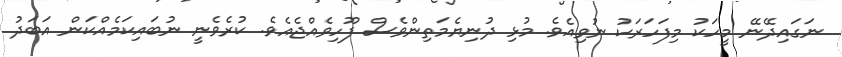
ނަގައިދޭނޭ މީހަކު މިފަހަރަކު ނުވިއެވެ. މުޅި ދުނިޔެމަތިންވެސް ފޫހިވެއްޖެއެވެ. ކުރެވެނީ ނުބައިކަމެއްކަން އަބަދު